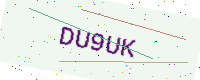
Text: DU9UK